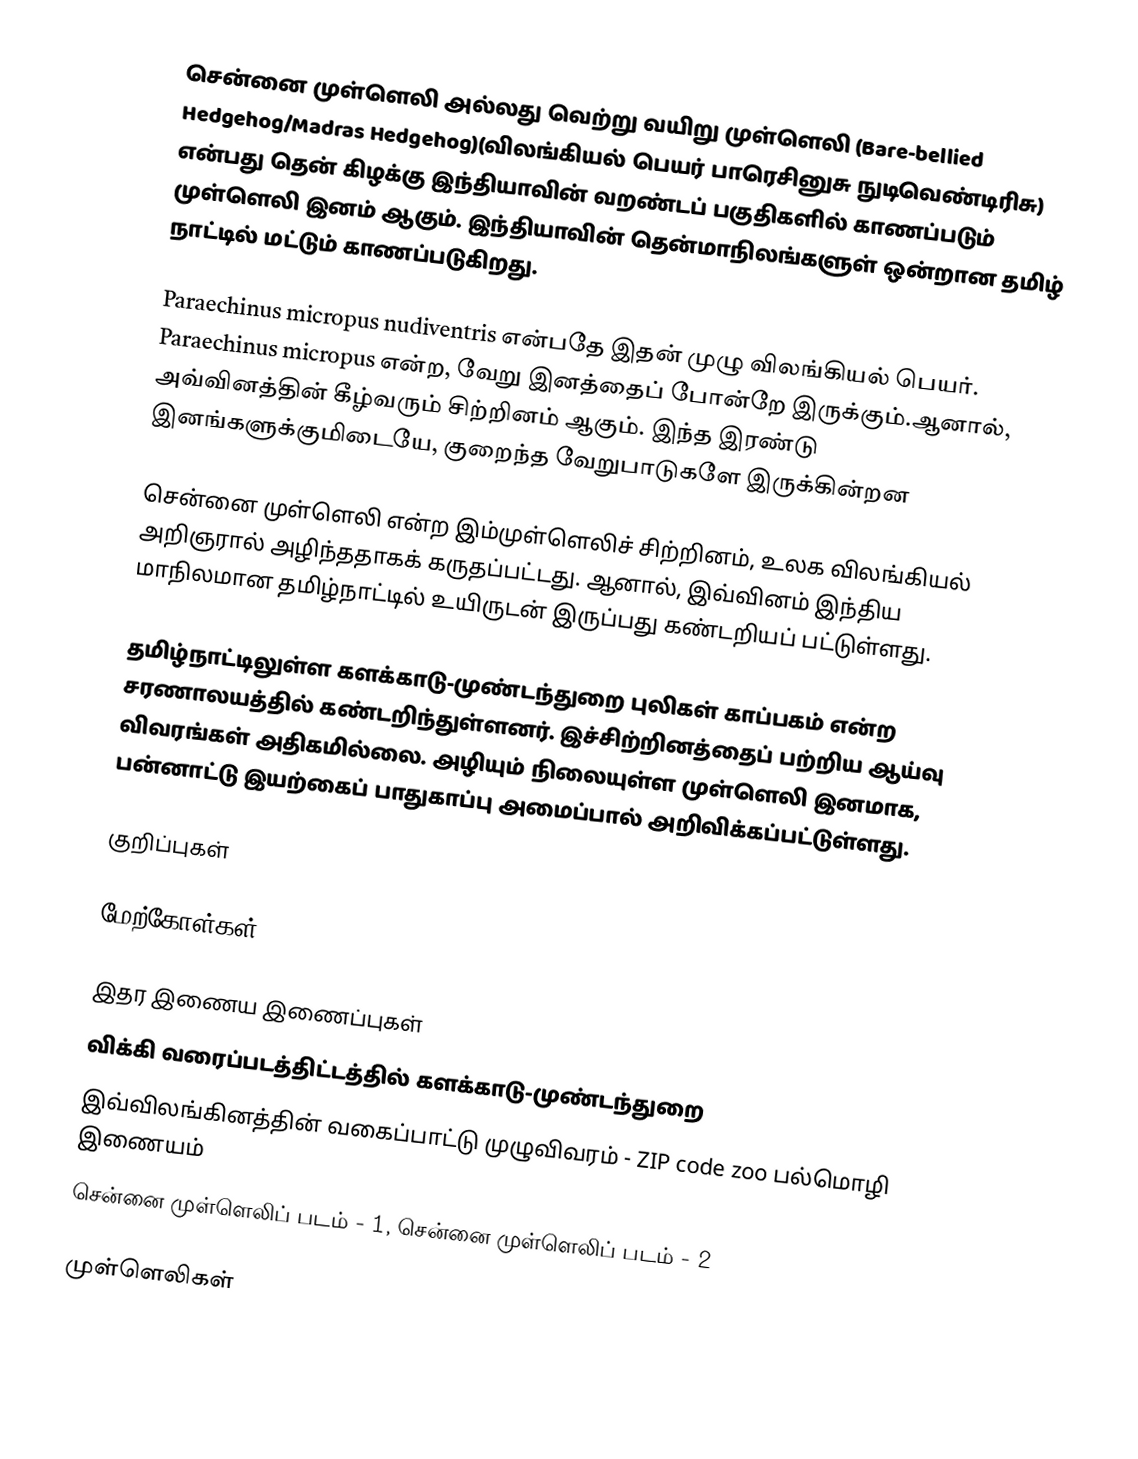
சென்னை முள்ளெலி அல்லது வெற்று வயிறு முள்ளெலி (Bare-bellied Hedgehog/Madras Hedgehog)(விலங்கியல் பெயர் பாரெசினுசு நுடிவெண்டிரிசு) என்பது தென் கிழக்கு இந்தியாவின் வறண்டப் பகுதிகளில் காணப்படும் முள்ளெலி இனம் ஆகும். இந்தியாவின் தென்மாநிலங்களுள் ஒன்றான தமிழ் நாட்டில் மட்டும் காணப்படுகிறது.

Paraechinus micropus nudiventris என்பதே இதன் முழு விலங்கியல் பெயர். Paraechinus micropus என்ற, வேறு இனத்தைப் போன்றே இருக்கும்.ஆனால், அவ்வினத்தின் கீழ்வரும் சிற்றினம் ஆகும். இந்த  இரண்டு இனங்களுக்குமிடையே, குறைந்த வேறுபாடுகளே இருக்கின்றன

சென்னை முள்ளெலி என்ற இம்முள்ளெலிச் சிற்றினம், உலக விலங்கியல் அறிஞரால் அழிந்ததாகக் கருதப்பட்டது. ஆனால், இவ்வினம் இந்திய மாநிலமான தமிழ்நாட்டில் உயிருடன் இருப்பது கண்டறியப் பட்டுள்ளது.

தமிழ்நாட்டிலுள்ள களக்காடு-முண்டந்துறை புலிகள் காப்பகம் என்ற சரணாலயத்தில் கண்டறிந்துள்ளனர். இச்சிற்றினத்தைப் பற்றிய ஆய்வு விவரங்கள் அதிகமில்லை. அழியும் நிலையுள்ள முள்ளெலி இனமாக, பன்னாட்டு இயற்கைப் பாதுகாப்பு  அமைப்பால் அறிவிக்கப்பட்டுள்ளது.

குறிப்புகள்

மேற்கோள்கள்

இதர இணைய இணைப்புகள்
விக்கி வரைப்படத்திட்டத்தில் களக்காடு-முண்டந்துறை
இவ்விலங்கினத்தின் வகைப்பாட்டு முழுவிவரம் - ZIP code zoo பல்மொழி இணையம்
 சென்னை முள்ளெலிப் படம் - 1, சென்னை முள்ளெலிப் படம் - 2

முள்ளெலிகள்